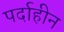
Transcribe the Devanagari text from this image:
पर्दाहीन